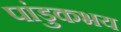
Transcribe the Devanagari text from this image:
पांडुकभय